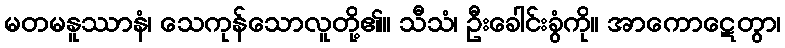
မတမနူဿာနံ၊ သေကုန်သောလူတို့၏။ သီသံ၊ ဦးခေါင်းခွံကို။ အာကောဋေတွာ၊